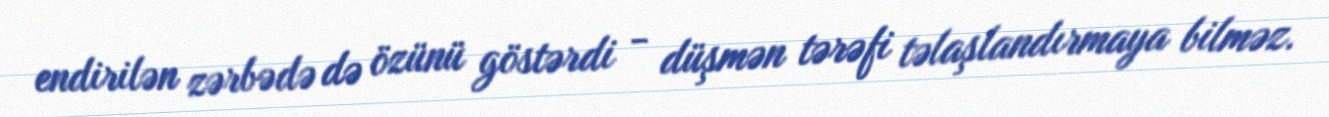
endirilən zərbədə də özünü göstərdi - düşmən tərəfi təlaşlandırmaya bilməz.